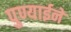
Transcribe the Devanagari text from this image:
पुण्याईने